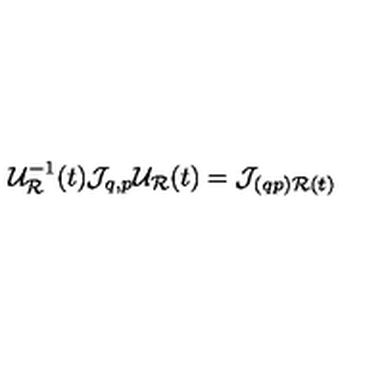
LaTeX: { \cal U } _ { { \cal R } } ^ { - 1 } ( t ) { \cal J } _ { q , p } { \cal U } _ { \cal R } ( t ) = { \cal J } _ { ( q p ) { \cal R } ( t ) }